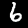
Digit: 6